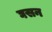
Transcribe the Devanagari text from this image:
घसन